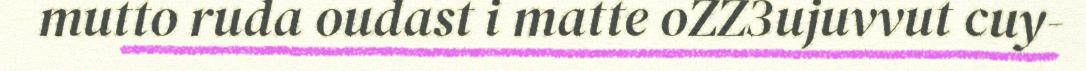
mutto ruda oudast i matte oZZ3ujuvvut cuy-